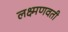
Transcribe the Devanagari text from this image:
लक्ष्मणवती